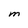
Character: M